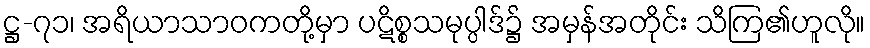
ဋ္ဌ-၇၁၊ အရိယာသာဝကတို့မှာ ပဋိစ္စသမုပ္ပါဒ်၌ အမှန်အတိုင်း သိကြ၏ဟူလို။